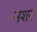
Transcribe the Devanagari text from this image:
नशर